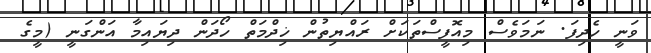
ވަނީ ހެދިފަ. ނަމަވެސް މިއޮފީސްތަކަށް ރައްޔިތުން ޚިދްމަތް ހޯދަން ދިޔައިމާ އަންގަނީ (މީގެ